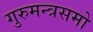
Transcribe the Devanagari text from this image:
गुरुमन्त्रसमो